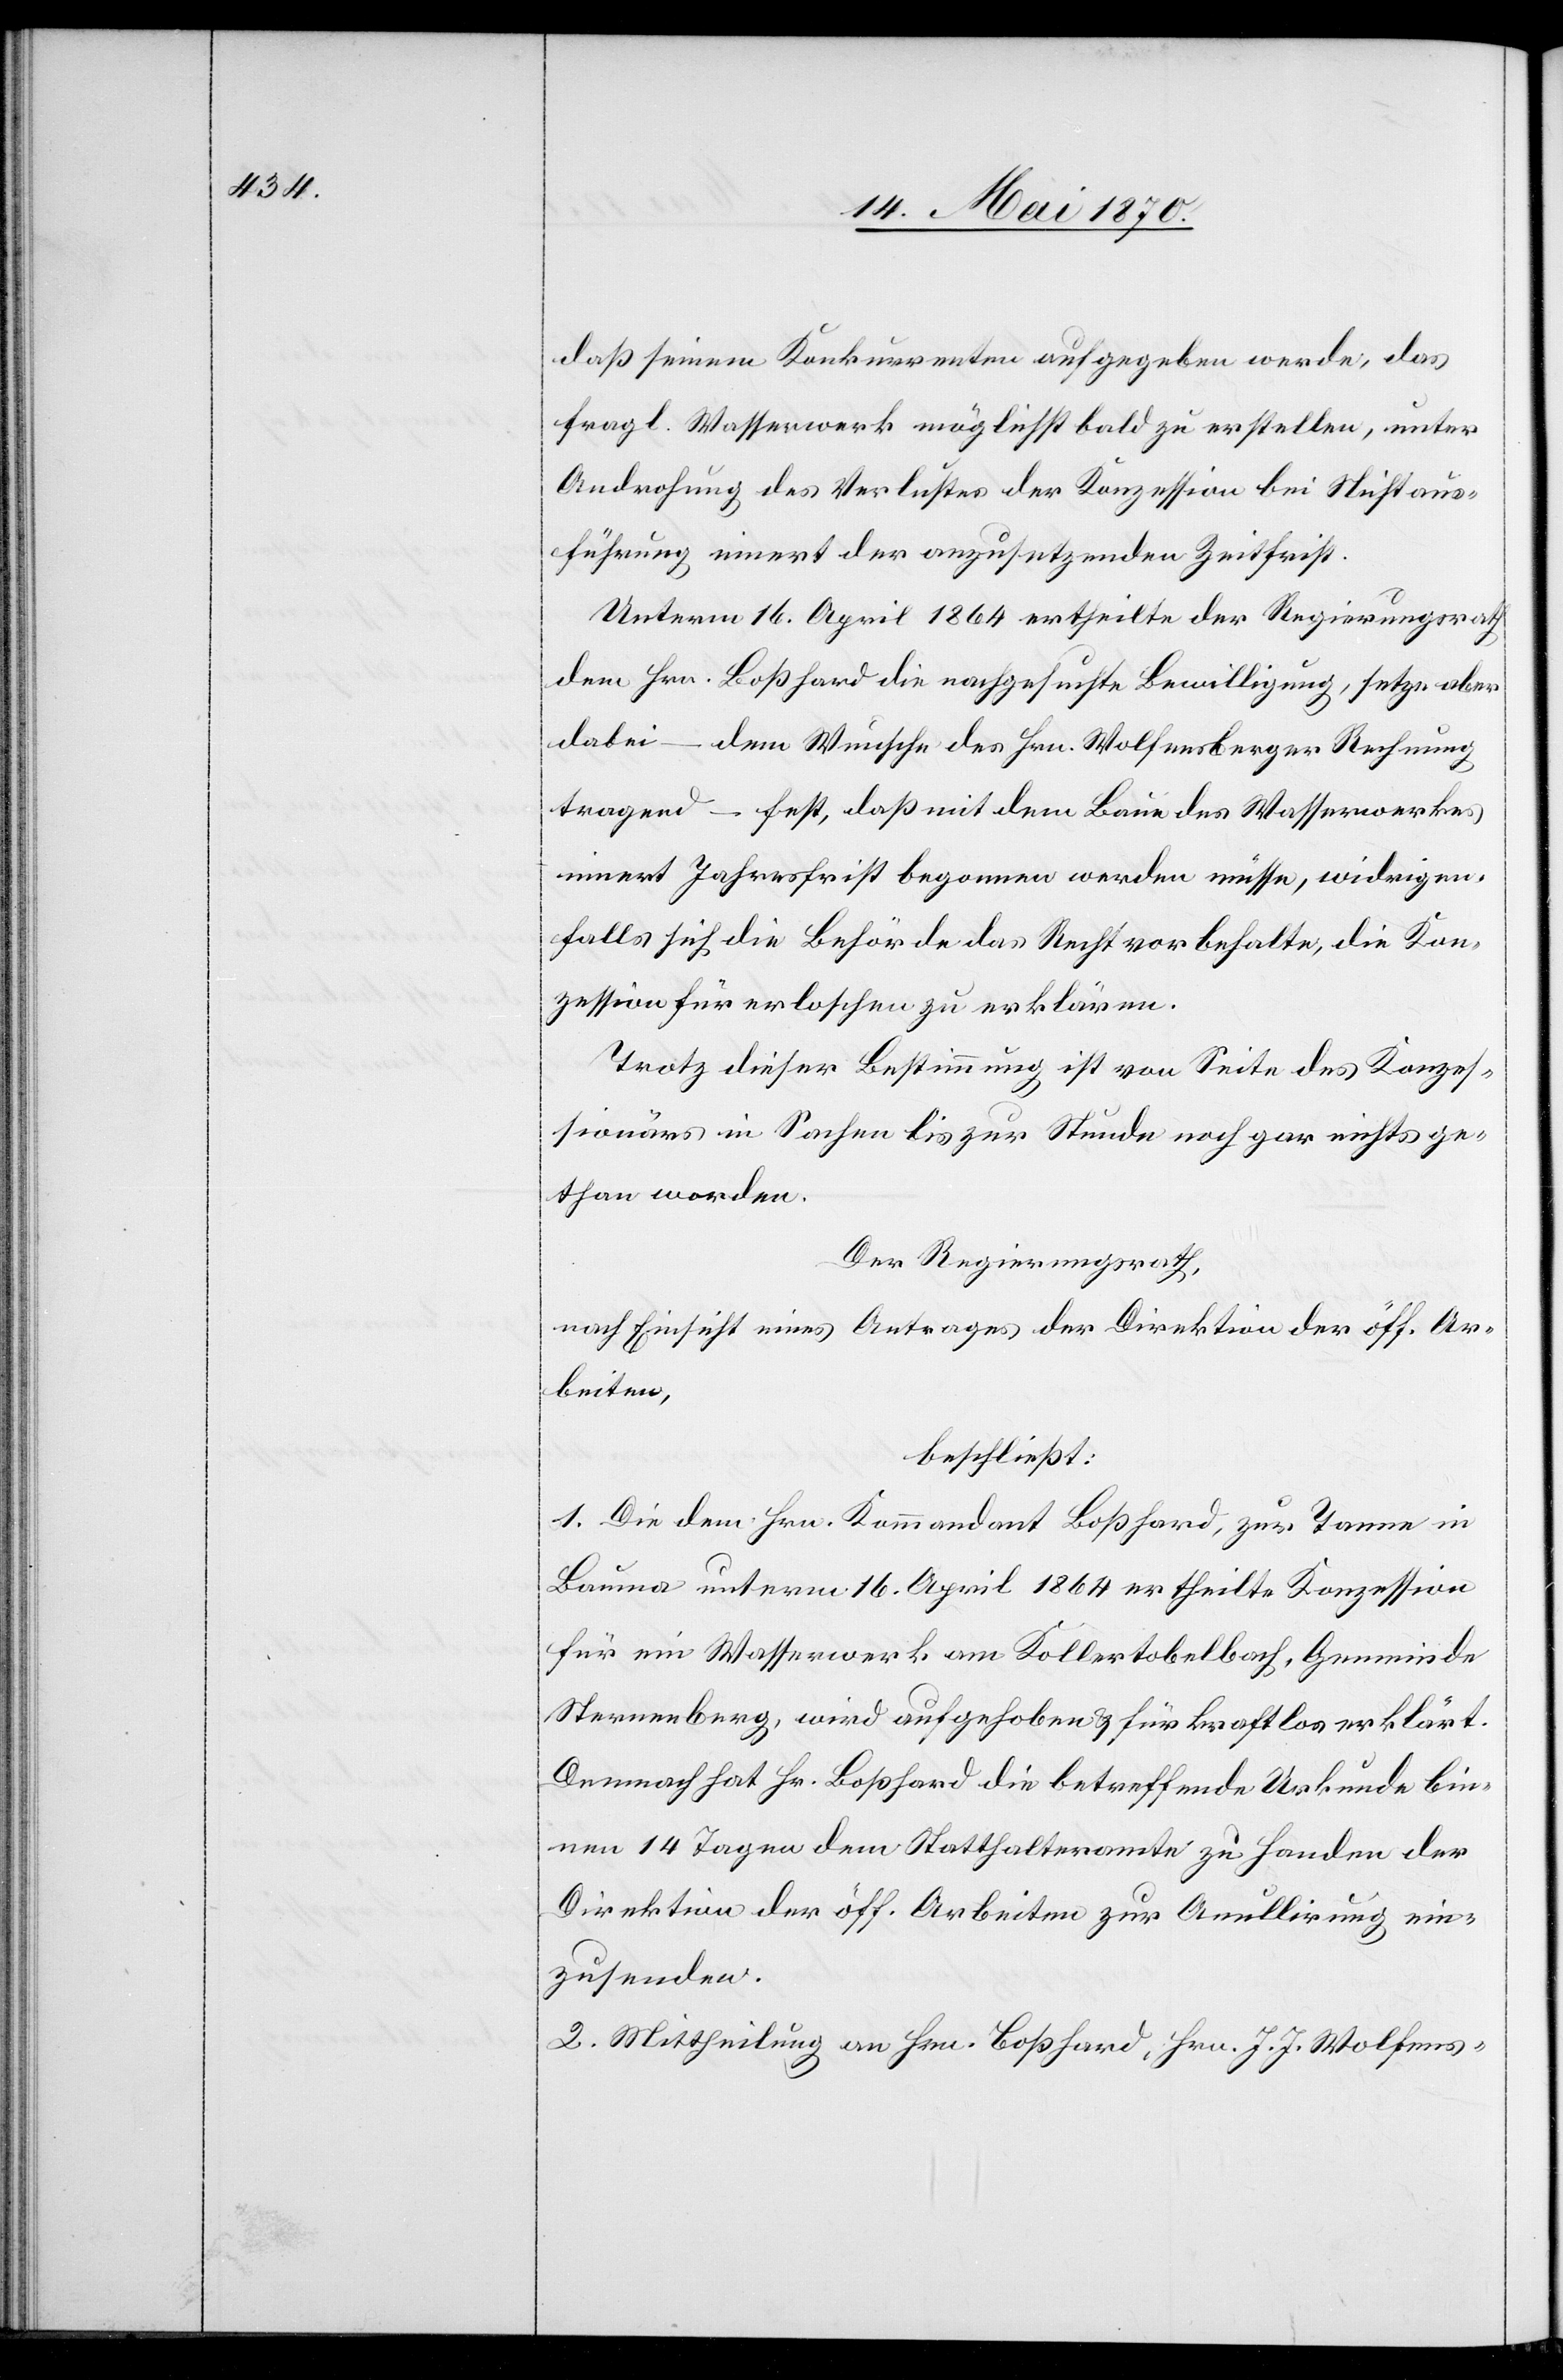
daß seinem Konkurrenten aufgegeben werde, das
fragl. Wasserwerk möglichst bald zu erstellen, unter
Androhung des Verlustes der Konzession bei Nichtaus¬
führung innert der anzusetzenden Zeitfrist.
Unterm 16. April 1864 ertheilte der Regierungsrath
dem Hrn. Boßhard die nachgesuchte Bewilligung, setzte aber
dabei – dem Wunsche des Hrn. Wolfensberger Rechnung
tragend – fest, daß mit dem Baue des Wasserwerkes
innert Jahresfrist begonnen werden müsse, widrigen¬
falls sich die Behörde das Recht vorbehalte, die Kon¬
zession für erloschen zu erklären.
Trotz dieser Bestimmung ist von Seite des Konzes¬
sionärs in Sachen bis zur Stunde gar nichts gethan worden.
Der Regierungsrath,
nach Einsicht eines Antrages der Direktion der öff. Ar¬
beiten,
beschließt:
1. Die dem Hrn. Kommandant Boßhard, zur Tanne in
Bauma unterm 16. April 1864 ertheilte Konzession
für ein Wasserwerk am Kollertobelbach, Gemeinde
Sternenberg, wird aufgehoben & für kraftlos erklärt.
Demnach hat Hr. Boßhard die betreffende Urkunde bin¬
nen 14 Tagen dem Statthalteramte zu Handen der
Direktion der öff. Arbeiten zur An[n]ullirung ein¬
zusenden.
2. Mittheilung an Hrn. Boßhard, Hrn. J. J. Wolfens-